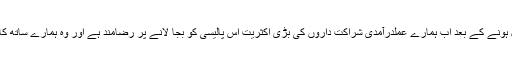
ہماری انتظامیہ کو دو سال ہونے کے بعد اب ہمارے عملدرآمدی شراکت داروں کی بڑی اکثریت اس پالیسی کو بجا لانے پر رضامند ہے اور وہ ہمارے ساتھ کام جاری رکھے ہوئے ہیں۔